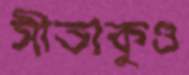
সীতাকুণ্ড